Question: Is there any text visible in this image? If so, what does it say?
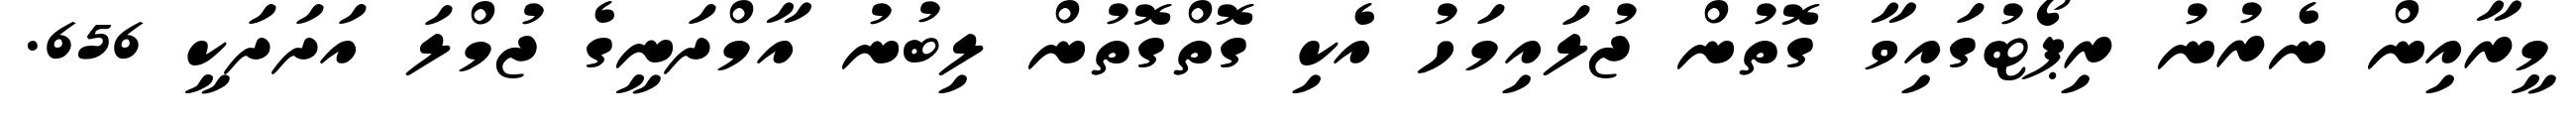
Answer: މީރާއިން ނެރުނު ރިޕޯޓުގައިވާ ގޮތުން ޖުލައިމަހު އެކި ގޮތްގޮތުން ލިބުނު އާމްދަނީގެ ޖުމްލަ އަދަދަކީ 656.